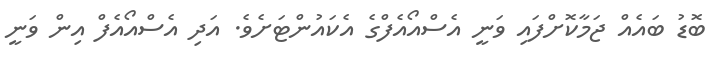
ބޮޑު ބައެއް ޖަމާކޮށްފައި ވަނީ އެސްއޯއެފްގެ އެކައުންޓަށެވެ. އަދި އެސްއޯއެފް އިން ވަނީ